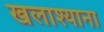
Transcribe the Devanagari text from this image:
खलाश्याना